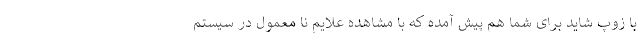
با زوپ شاید برای شما هم پیش آمده که با مشاهده علایم نا معمول در سیستم